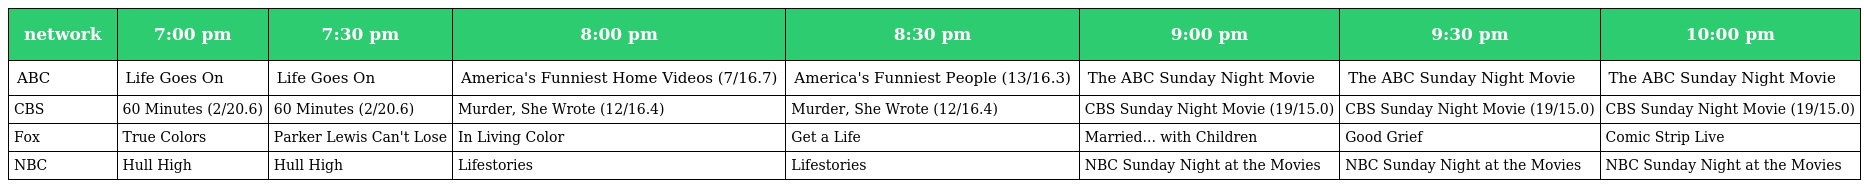
| network | 7:00 pm | 7:30 pm | 8:00 pm | 8:30 pm | 9:00 pm | 9:30 pm | 10:00 pm |
 | --- | --- | --- | --- | --- | --- | --- | --- |
 | ABC | Life Goes On | Life Goes On | America's Funniest Home Videos (7/16.7) | America's Funniest People (13/16.3) | The ABC Sunday Night Movie | The ABC Sunday Night Movie | The ABC Sunday Night Movie |
 | CBS | 60 Minutes (2/20.6) | 60 Minutes (2/20.6) | Murder, She Wrote (12/16.4) | Murder, She Wrote (12/16.4) | CBS Sunday Night Movie (19/15.0) | CBS Sunday Night Movie (19/15.0) | CBS Sunday Night Movie (19/15.0) |
 | Fox | True Colors | Parker Lewis Can't Lose | In Living Color | Get a Life | Married... with Children | Good Grief | Comic Strip Live |
 | NBC | Hull High | Hull High | Lifestories | Lifestories | NBC Sunday Night at the Movies | NBC Sunday Night at the Movies | NBC Sunday Night at the Movies |